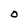
Character: O